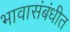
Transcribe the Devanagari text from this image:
भावासंबंधीत